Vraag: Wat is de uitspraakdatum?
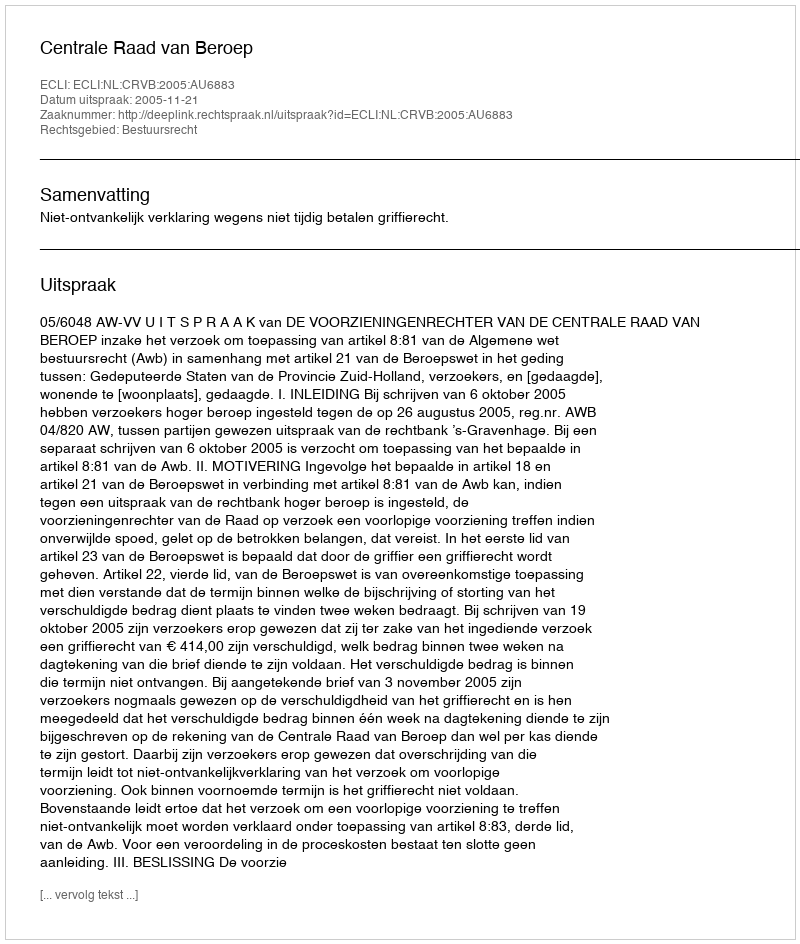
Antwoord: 2005-11-21